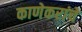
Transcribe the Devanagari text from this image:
काणेकरांचे